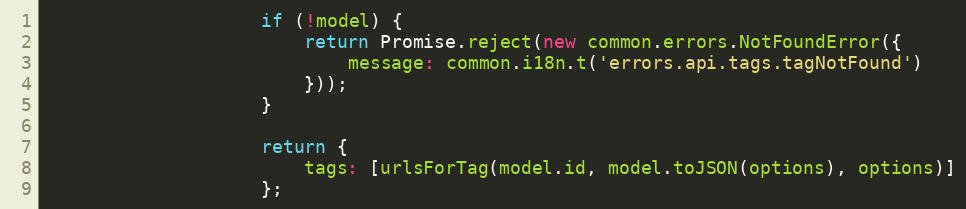
Language: JavaScript
                    if (!model) {
                        return Promise.reject(new common.errors.NotFoundError({
                            message: common.i18n.t('errors.api.tags.tagNotFound')
                        }));
                    }

                    return {
                        tags: [urlsForTag(model.id, model.toJSON(options), options)]
                    };